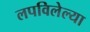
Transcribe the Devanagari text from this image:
लपविलेल्या